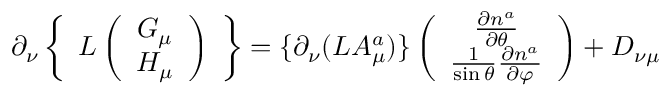
\partial _ { \nu } \left\{ \begin{array} { c } { { L \left( \begin{array} { c } { { G _ { \mu } } } \\ { { H _ { \mu } } } \end{array} \right) } } \end{array} \right\} = \{ \partial _ { \nu } ( L A _ { \mu } ^ { a } ) \} \left( \begin{array} { c } { { \frac { \partial n ^ { a } } { \partial \theta } } } \\ { { \frac { 1 } { \sin \theta } \frac { \partial n ^ { a } } { \partial \varphi } } } \end{array} \right) + D _ { \nu \mu }